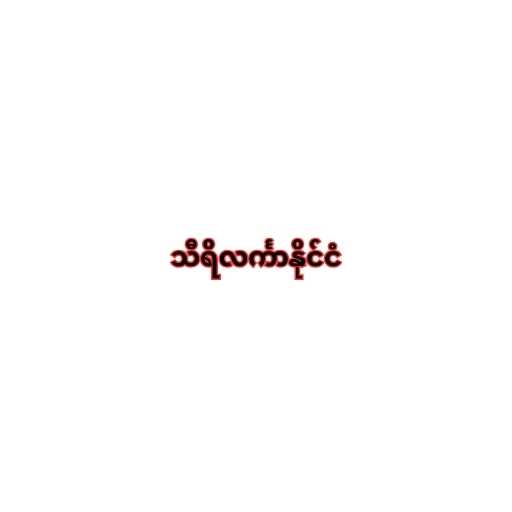
သီရိလင်္ကာနိုင်ငံ